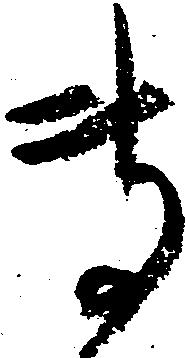
専